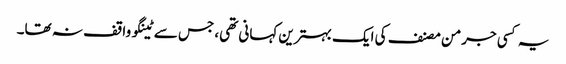
یہ کسی جرمن مصنف کی ایک بہترین کہانی تھی، جس سے ٹینگو واقف نہ تھا۔